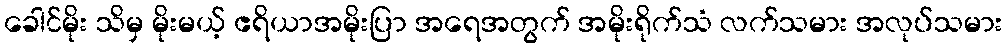
ခေါင်မိုး သိမှ မိုးမယ့် ဧရိယာအမိုးပြာ အရေအတွက် အမိုးရိုက်သံ လက်သမား အလုပ်သမား